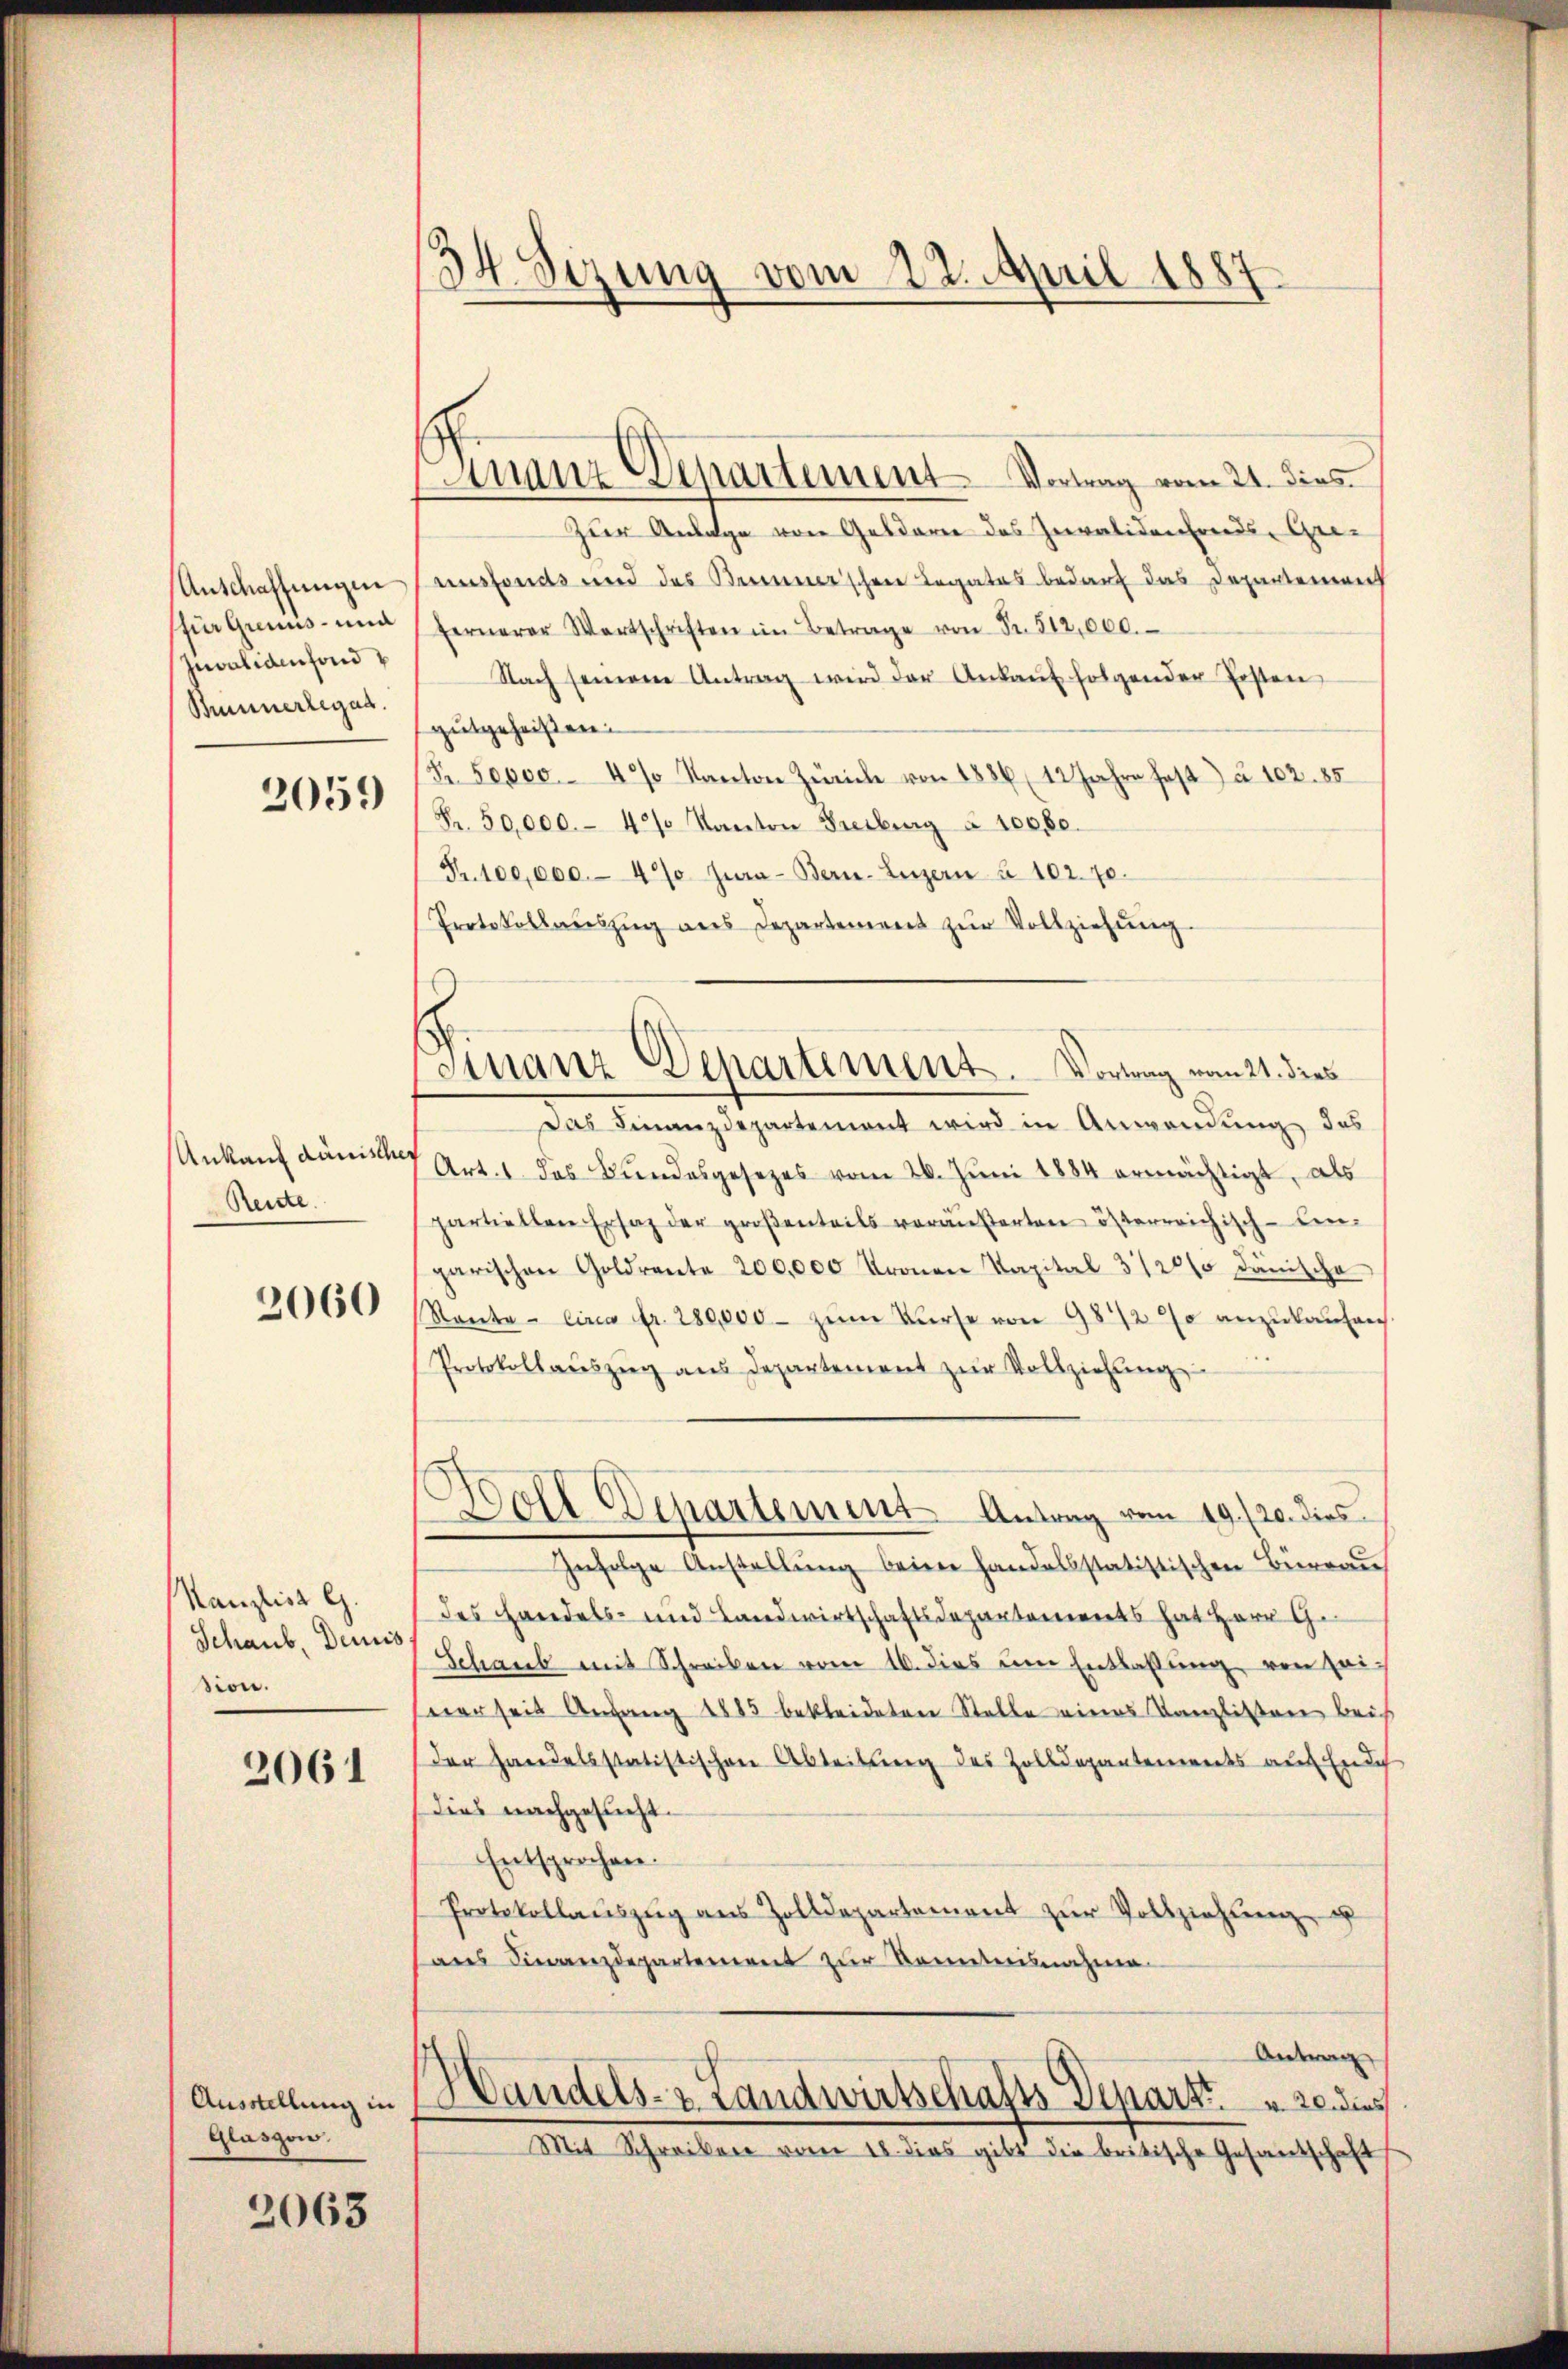
Anschaffungen
(für Greuiis- und
Invalidenfond
Bunnerlegat.

2059

Ankauf dänisch
Rente.

2060

Kanzlist G.
Schaub, Demis
sion.

2061

Ausstellung in
Glaszen.

2063

34. Sezung vom 22. April 1887

inanz Departement Vortrag vom 21. dies

Finanz Departement. Vortrag vom 21. dies

Zur Anlage von Geldare des Invalidenfreids-Greunsfonds und des Berner’schene Legates bedarf das Departement
fernerer Wartschriften im Betrage von Fr. 512,000.
Nach seinem Antrag wird der Ankaŭf folgender Ersten
gutgeheißen.
Fr. Sepco- 4% Kanton Zürich von 1886 (12 Jahre haft) à 102. 85
Fr. 50,000.- 40 Kanton Freiburg à 10080.
Fr. 100,000.- 49 Jura - Bern-Luzern à 102. 70.
Protokollaŭszŭg ans Departement zŭr Vollziehŭng.
Das Finanzdepartement wird in Anwendung des
) Art. 1 das Bundesgesezes vom 20. Jŭni 1884 ermächtigt, als
partiellen Ersatz der großenteils veräußerten österreichisch-len-
garischen Goldrante 200,000 Kronen Kapital 3120% dänische
Rante- Circa Fr. 280,000. zŭm Kurse von 98/2 % anzukaufen
Protokollaŭszŭg aŭs Departement zŭr Vollziehŭng
Woll Departement Antrag vom 19./20. dies
Zufolge Anstellung beim handelsstatistischen Büreau
des Handels- und Landwirtschaftsdepartements hat Herr G.
Schaub mit Schreiben vom 16. dies um Entlassung, von Zeinerseit Anfang 1885 bekleideten Stelle eines Kanzlisten bei
der handelsstatistischen Abteilung des Zolldepantenwarts auf Erdich
dies nachgesucht.
Entsprochen.
Protokollaŭszŭg aŭs Zolldepartement zŭr Vollziehung u
aus Finanzdepartement zur Kenntnisnahme
Antrag
Handels- & Landwirtschafts Departe        20. dies
Mit Schreiben vom 18. dies gibt die britische Gesandschaft